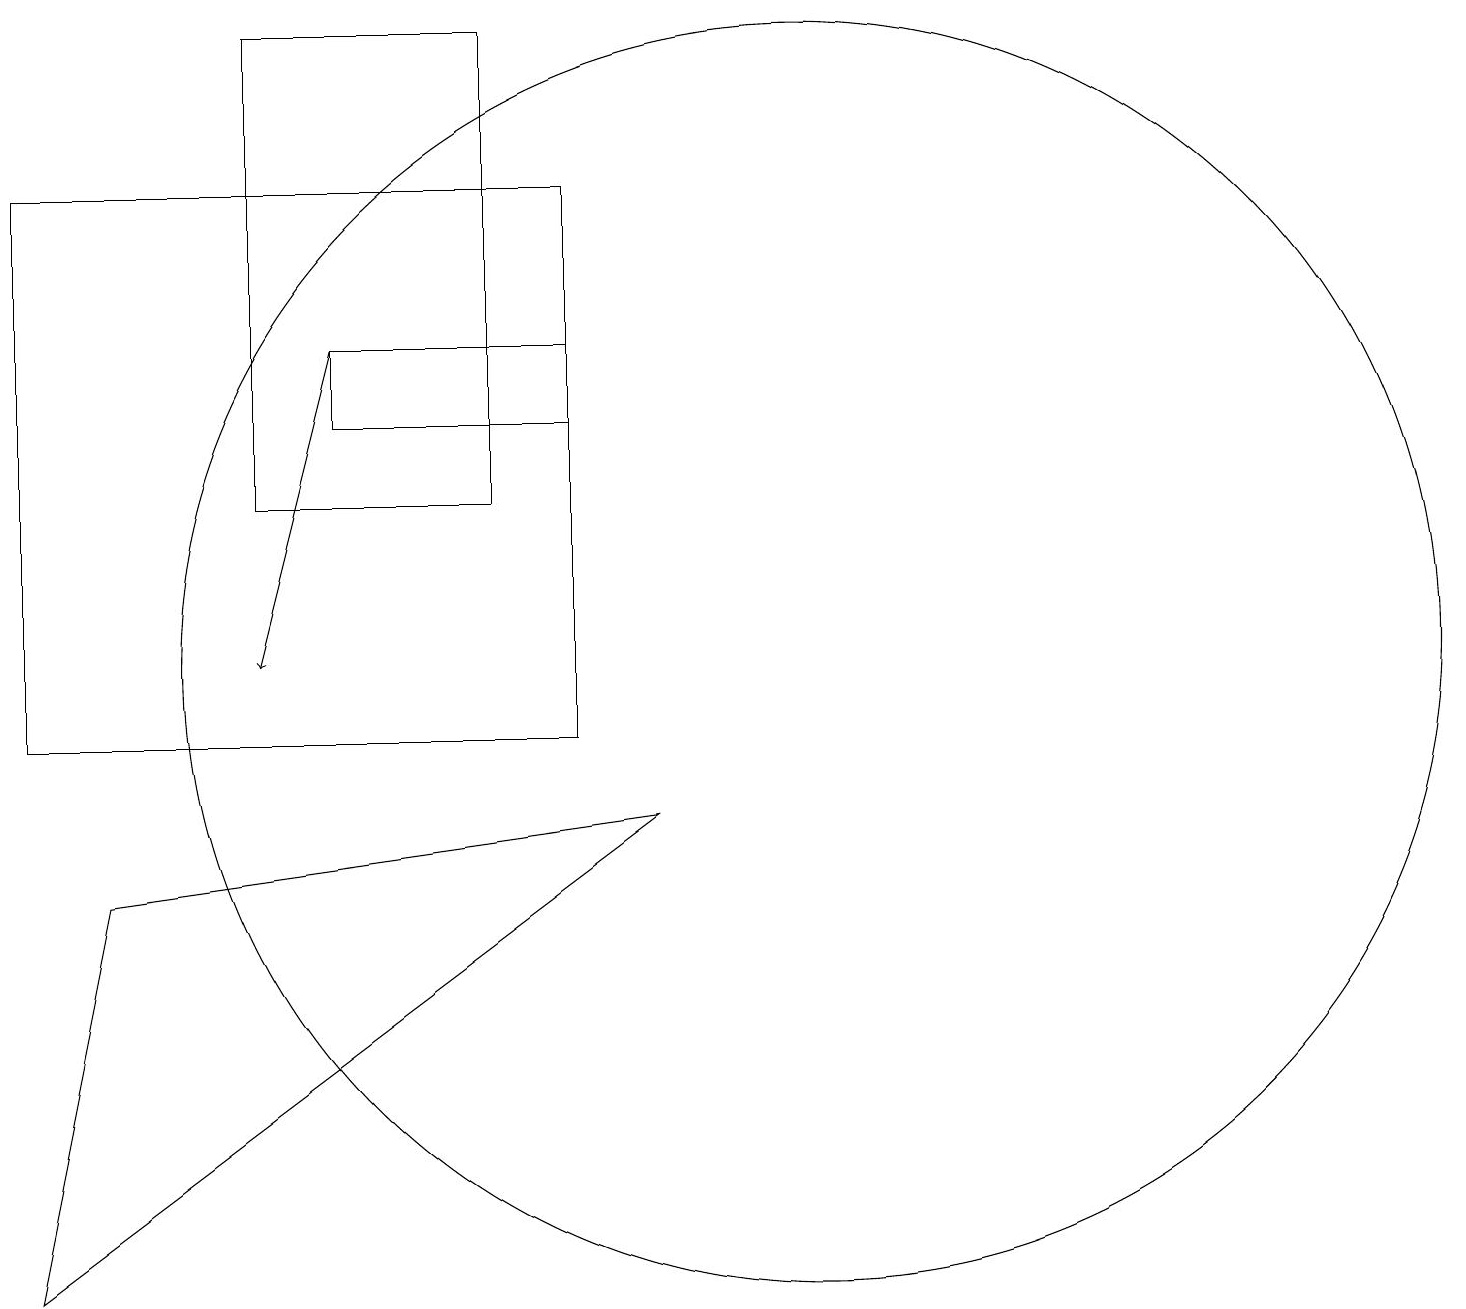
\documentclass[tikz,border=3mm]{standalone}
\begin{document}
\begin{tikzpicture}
\draw (1,3) -- (9,9) -- (2,8) -- cycle;
\draw[->] (5,15) -- (4,11);
\draw (8,15) rectangle (5,14);
\draw (7,13) rectangle (4,19);
\draw (1,17) rectangle (8,10);
\draw (11,11) circle (8);
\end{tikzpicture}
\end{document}